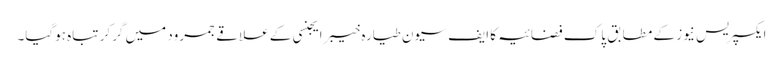
ایکسپریس نیوز کے مطابق پاک فضائیہ کا ایف سیون طیارہ خیبرایجنسی کے علاقے جمرود میں گرکر تباہ ہوگیا۔